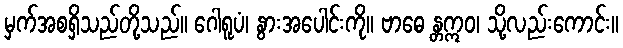
မှက်အစရှိသည်တို့သည်။ ဂေါရူပံ၊ နွားအပေါင်းကို။ ဗာဓေ န္တဣဝ၊ သို့လည်းကောင်း။